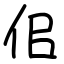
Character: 佀